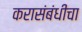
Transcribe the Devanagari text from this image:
करासंबंधीचा